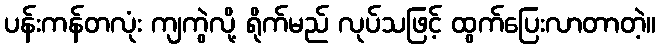
ပန်းကန်တလုံး ကျကွဲလို့ ရိုက်မည် လုပ်သဖြင့် ထွက်ပြေးလာတာတဲ့။